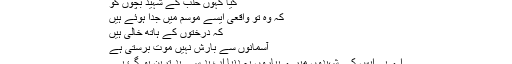
کیا کہوں حلب کے شہید بچوں کو
کہ وہ تو واقعی ایسے موسم میں جدا ہوئے ہیں
کہ درختوں کے ہاتھ خالی ہیں
آسمانوں سے بارش نہیں موت برستی ہے
اے پی ایس کے شہیدوں میرے پیاروں یہ دنیا اب بد سے بد ترین ہو گئ ہے۔